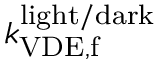
k _ { \mathrm { V D E , f } } ^ { \mathrm { l i g h t / d a r k } }